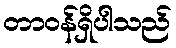
တာဝန်ရှိပါသည်